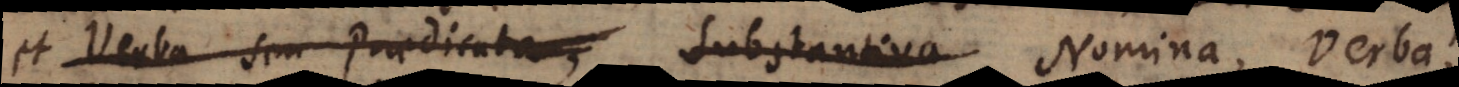
et Verba seu Praedicata, Substantiva Nomina, Verba,